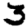
Digit: 3